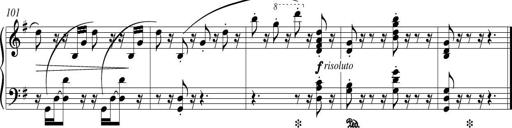
Title: Piano Sonatina in G major
Composer: Johan Peter Emilius Hartmann
Key: G major